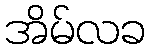
အိမ်လခ